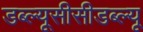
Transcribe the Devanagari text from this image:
डब्ल्यूसीसीडब्ल्यू